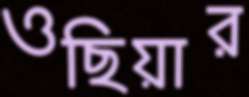
ওছিয়ার